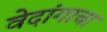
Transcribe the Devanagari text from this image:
वेदांगाचा